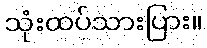
သုံးထပ်သားပြား။